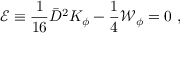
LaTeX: { \mathcal E } \equiv \frac { 1 } { 1 6 } { \bar { D } } ^ { 2 } K _ { \phi } - \frac { 1 } { 4 } { \mathcal W } _ { \phi } = 0 \ ,